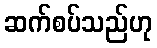
ဆက်စပ်သည်ဟု